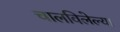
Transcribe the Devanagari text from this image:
चालविलेल्‍या